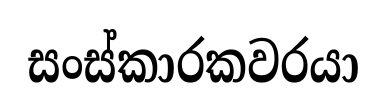
සංස්කාරකවරයා